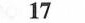
17